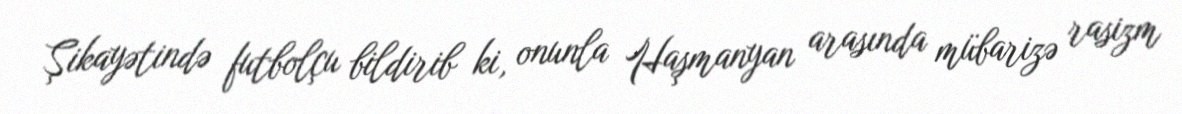
Şikayətində futbolçu bildirib ki, onunla Haşmanyan arasında mübarizə rasizm